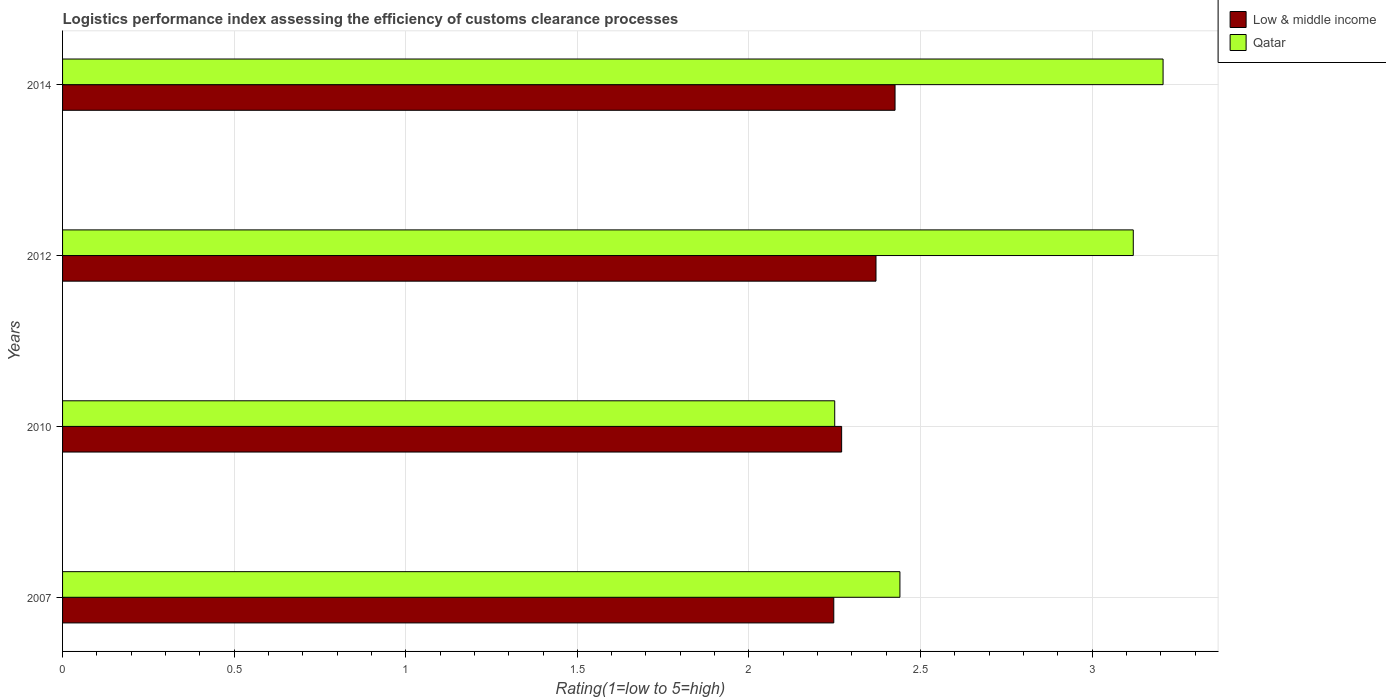
| Years | Low & middle income | Qatar |
 | --- | --- | --- |
 | 2007 | 2.25 | 2.44 |
 | 2010 | 2.27 | 2.25 |
 | 2012 | 2.37 | 3.12 |
 | 2014 | 2.43 | 3.21 |